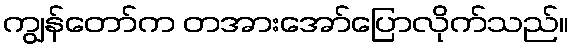
ကျွန်တော်က တအားအော်ပြောလိုက်သည်။